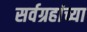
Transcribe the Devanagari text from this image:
सर्वग्रहांच्या